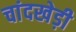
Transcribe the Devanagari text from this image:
चांदखेड़ी